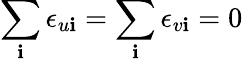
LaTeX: \sum_{\mathbf{i}}\epsilon_{u\mathbf{i}}=\sum_{\mathbf{i}}\epsilon_{v\mathbf{i}}=0